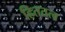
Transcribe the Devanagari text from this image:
हिततत्व